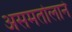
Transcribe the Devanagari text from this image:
असमतोलाने